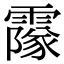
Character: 𩅥